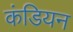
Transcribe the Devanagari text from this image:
कंडियन